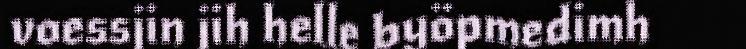
voessjin jih helle byöpmedimh